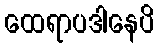
ထေရာပဒါနေပိ